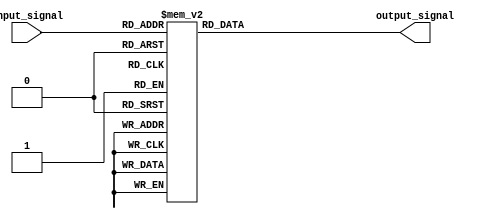
module decoder_3to8(
    input [2:0] input_signal,
    output reg [7:0] output_signal
);

always @(*)
begin
    case(input_signal)
        3'b000: output_signal = 8'b00000001;
        3'b001: output_signal = 8'b00000010;
        3'b010: output_signal = 8'b00000100;
        3'b011: output_signal = 8'b00001000;
        3'b100: output_signal = 8'b00010000;
        3'b101: output_signal = 8'b00100000;
        3'b110: output_signal = 8'b01000000;
        3'b111: output_signal = 8'b10000000;
        default: output_signal = 8'b0;
    endcase
end

endmodule